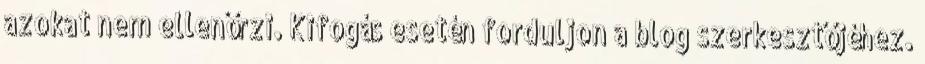
azokat nem ellenőrzi. Kifogás esetén forduljon a blog szerkesztőjéhez.